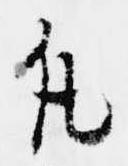
凡